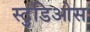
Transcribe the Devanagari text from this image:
स्टुडिओस